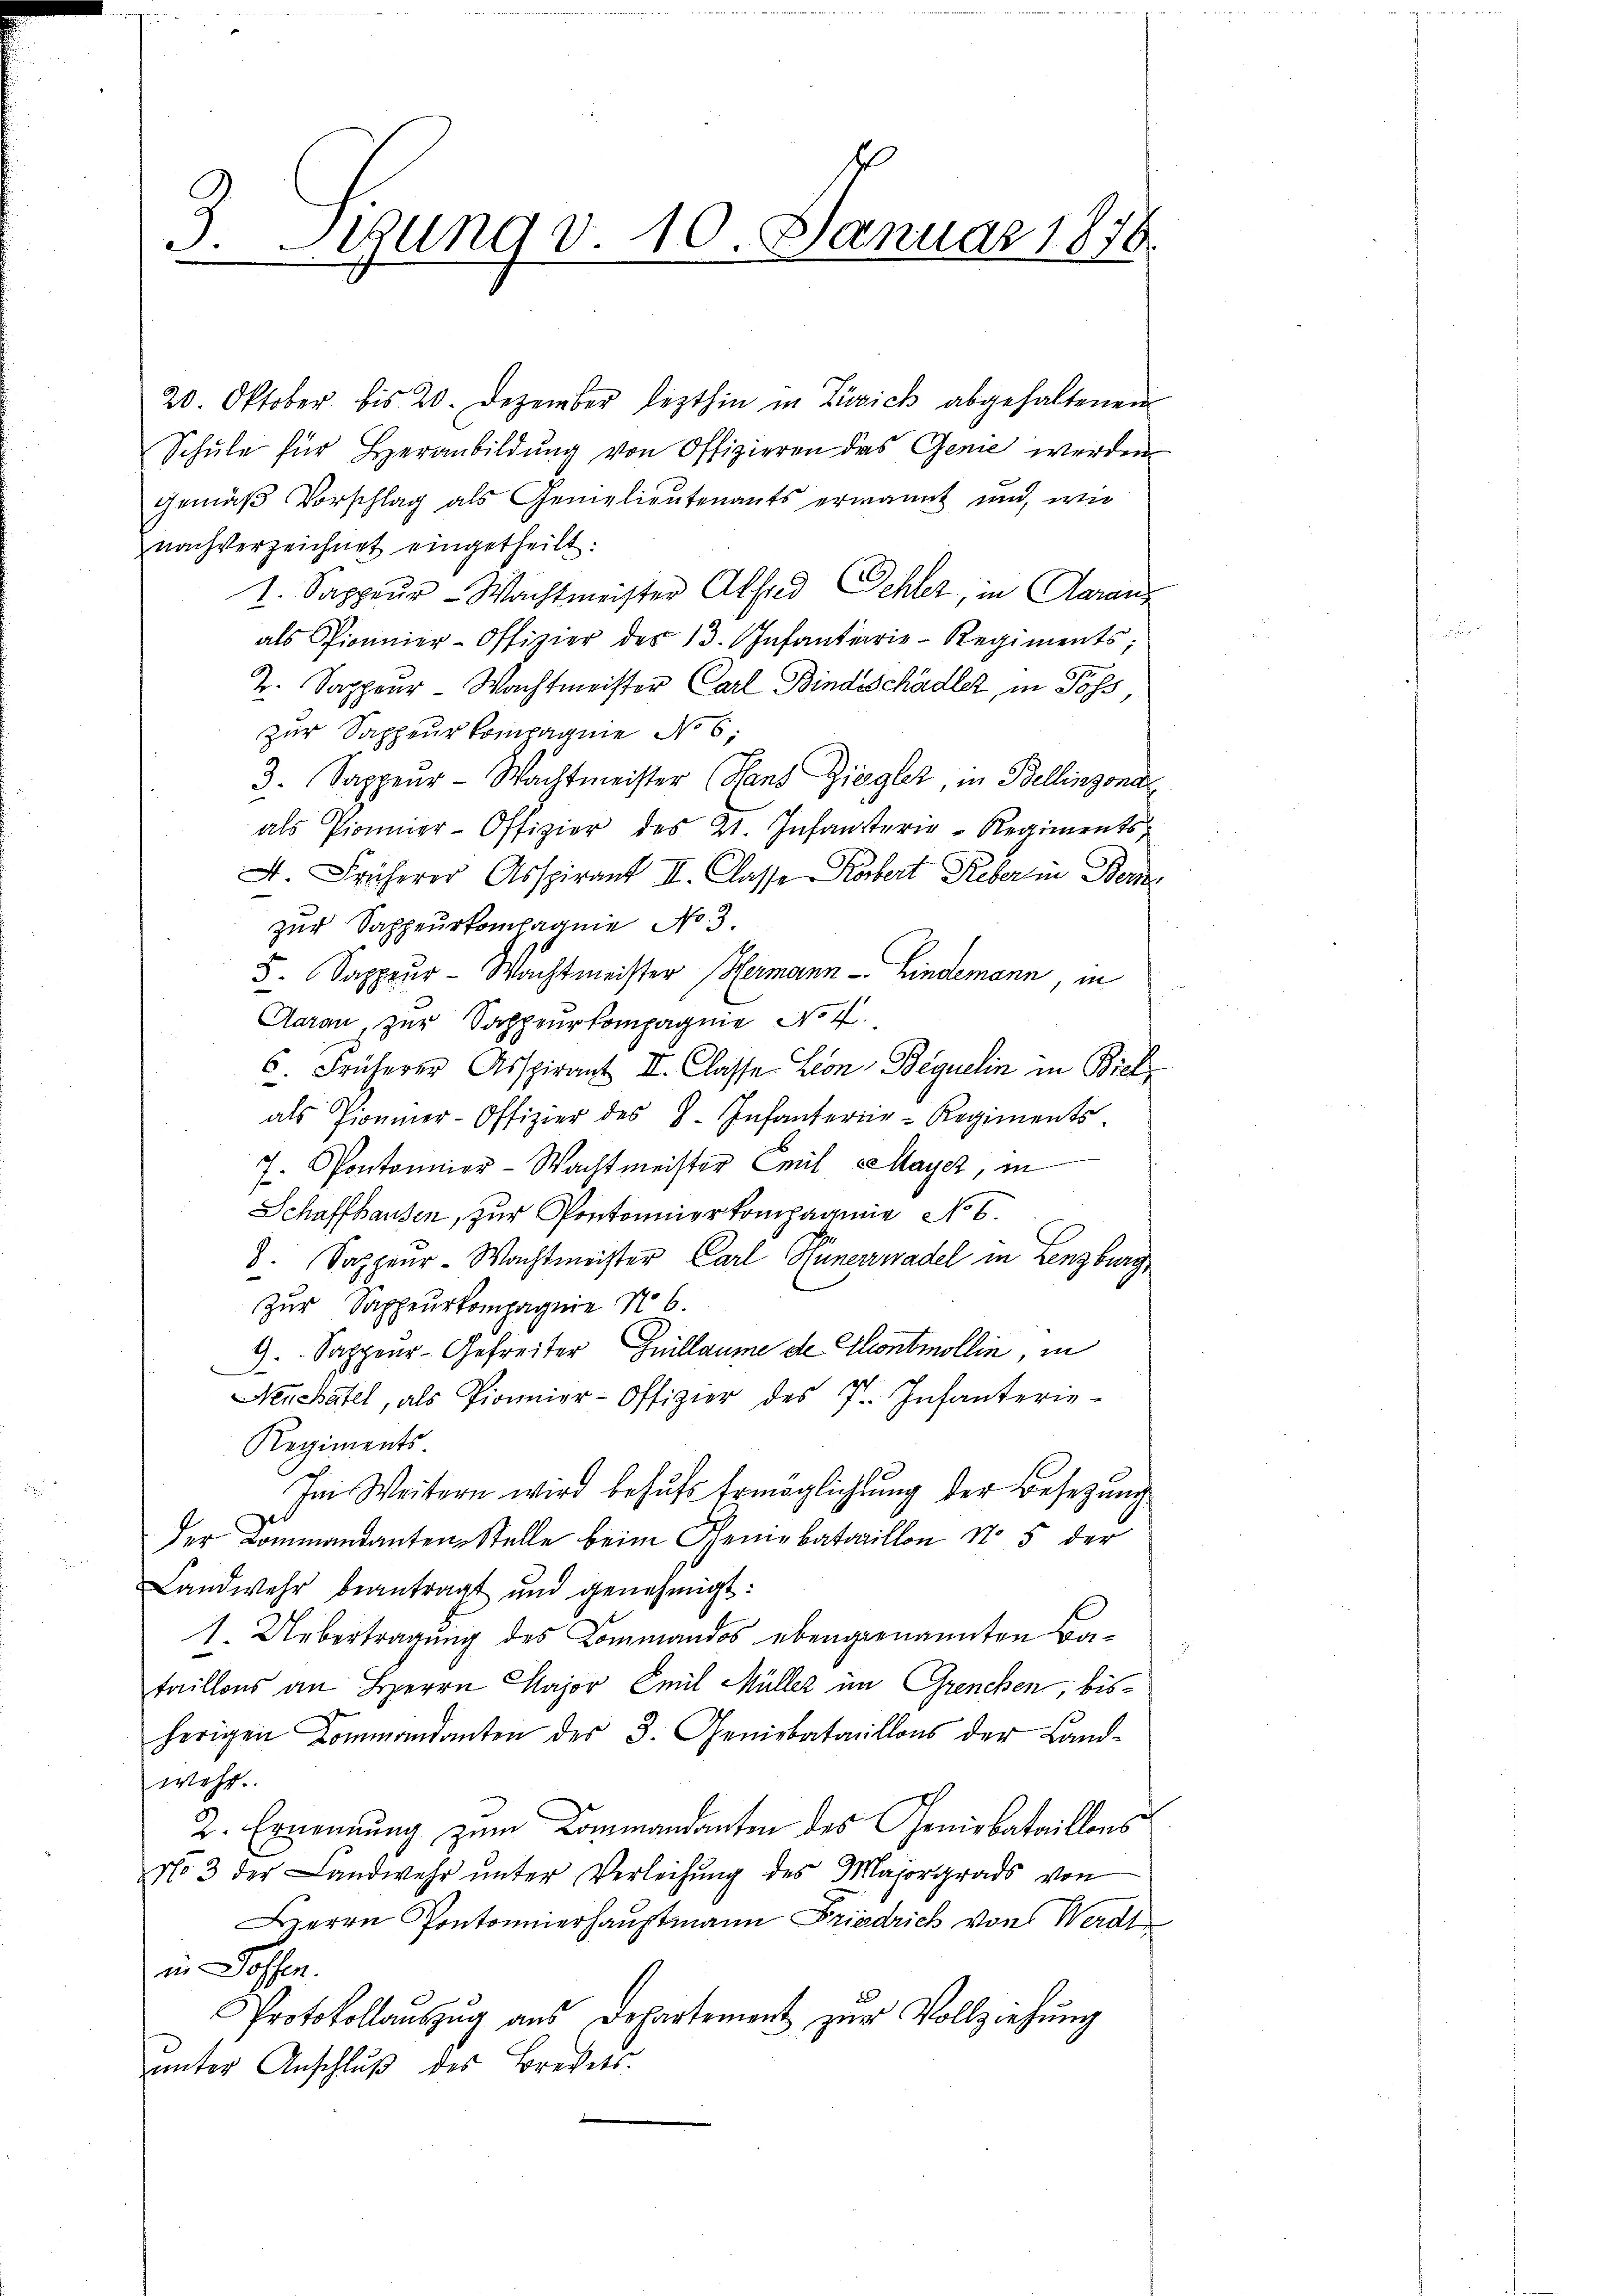
3. Lesung v. 10. Januar 1876

20. Oktober bis 20. Dezember lezthin in Zürich abgehaltenen
Schule für Heranbildung von Offizieren das Genie werden
gemäß Vorschlag als Gemelieutenants ernannt und, wie
nachverzeichnet eingetheilt:
I. Sappeur-Wachtmeister Alfred Oehler, in Aaraus
als Pionier-Offizier des 13. Infantiarie-Regiments;
2. Sappeur Wachtmeister Carl Bindsschädler, in Poss,
zur Sappeurkompagnie No 6:
3. Sappeur-Wachtmeister (Hans Ziegler, in Bellinzona
als Pionier-Offizier des 2. Infansterie-Regiments,
4 Früherer Asspirant II. Classe Korbert Reberein Bere
zur Sappeurkompagnie No. 3.
5. Sappeur- Wachtmeister Hermann - Lindemann, in
Aarau, zur Sappeurkompagnie No 4.
6 Früherer Asspirant II. Classe. Leon Bequelin in Biel
als Zimmer-Offizier des I. Infanterie-Regiments
7. Pontonnier-Wachtmeister Emil Maycz, in
Schaffhausen, zur Pontonnierkompagnie No 6.
8. Sappeur-Wachtmeister Carl Hünerwadel in Lenzburg,
Zur Sappeurkompagnie No 6.
G. Sappeur-Gefreiter Guillaume de Contmollin, in
Nenchatel, als Pionier-Offizier des 7. Infanterie-
Regiments
Im Weitern wird behŭfs Ermöglichtung der Besetzung
der Kommandanten Stelle beim Geniebataillon No 5 der
Landwehr beantragt und genehmigt:
1. Uebertragung des Kommandos ebengenannten Bafaillons an Herrn Major Emil Müller im Grenchen, bisherigen Commandanten des 3. Geniebataillons der Land-
wehr.
2. Ernennung zum Commandanten des Geniebataillons
No 3 der Landwehr ŭnter Verleihung des Majorgrads von
Herrn Pontonnerhauptmann Friedrich von Werde
in Hoffen.
Protokollaŭszŭg aŭs Departement zŭr Vollziehŭng
ŭnter Anschlŭβ des Breves.